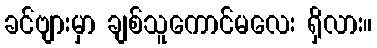
ခင်ဗျားမှာ ချစ်သူကောင်မလေး ရှိလား။